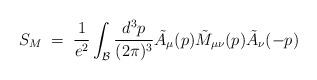
LaTeX: \begin{align*}S_{M}\;=\;{\frac {1}{e^2}} \int_{\cal B} {\frac {d^3p}{(2\pi)^3}} {\tilde A}_{\mu}(p){\tilde M_{\mu\nu}}(p) {\tilde A}_{\nu}(-p)\end{align*}